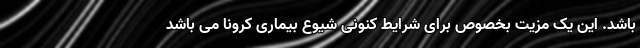
باشد. این یک مزیت بخصوص برای شرایط کنونی شیوع بیماری کرونا می باشد